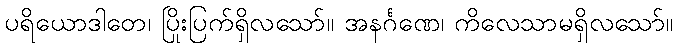
ပရိယောဒါတေ၊ ပြိုးပြက်ရှိလသော်။ အနင်္ဂဏေ၊ ကိလေသာမရှိလသော်။